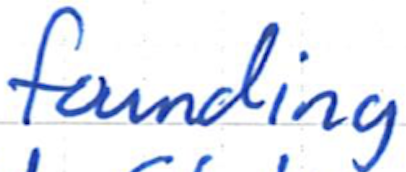
Text: founding
Cross-out: clean
Writing tool: ballpoint